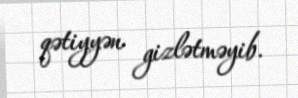
qətiyyən gizlətməyib.